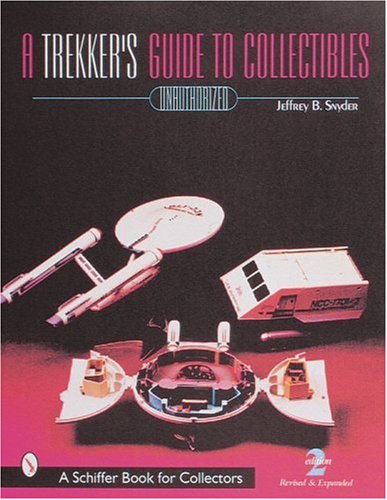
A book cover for A Trekker's Guide to Collectibles With Values (A Schiffer Book for Collectors); Jeffrey B. Snyder; Crafts, Hobbies & Home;